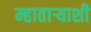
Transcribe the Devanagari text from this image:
म्हाताऱ्याशी